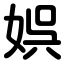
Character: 娯